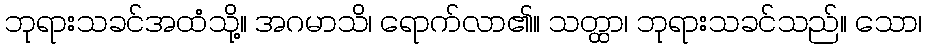
ဘုရားသခင်အထံသို့။ အဂမာသိ၊ ရောက်လာ၏။ သတ္ထာ၊ ဘုရားသခင်သည်။ သော၊